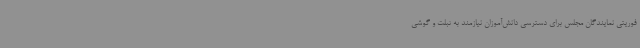
فوریتی نمایندگان مجلس برای دسترسی دانش‌آموزان نیازمند به تبلت و گوشی